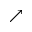
\nearrow